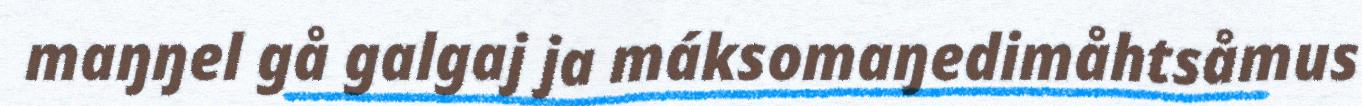
maŋŋel gå galgaj ja máksomaŋedimåhtsåmus